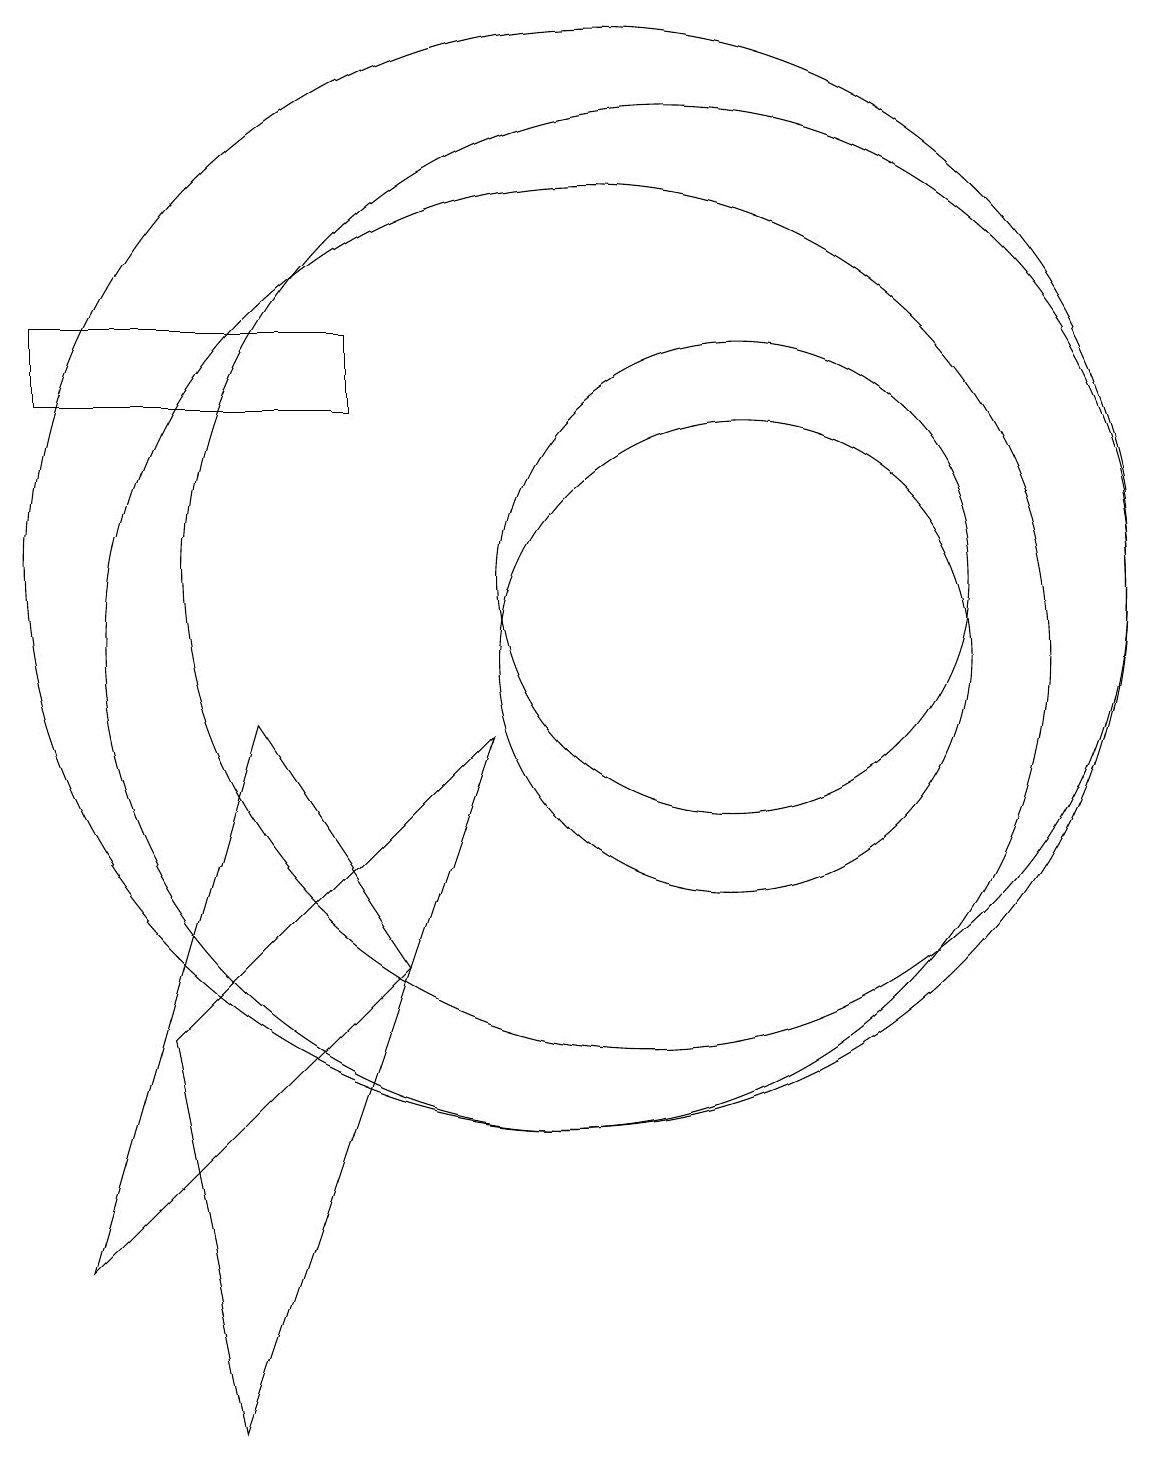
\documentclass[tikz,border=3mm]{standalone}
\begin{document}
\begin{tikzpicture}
\draw (10,10) circle (6);
\draw (12,11) circle (3);
\draw (12,10) circle (3);
\draw (5,5) -- (9,9) -- (6,0) -- cycle;
\draw (4,2) -- (6,9) -- (8,6) -- cycle;
\draw (3,14) rectangle (7,13);
\draw (11,11) circle (6);
\draw (10,11) circle (7);
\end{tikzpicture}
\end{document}